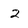
Character: 2